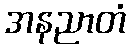
အနညာတံ